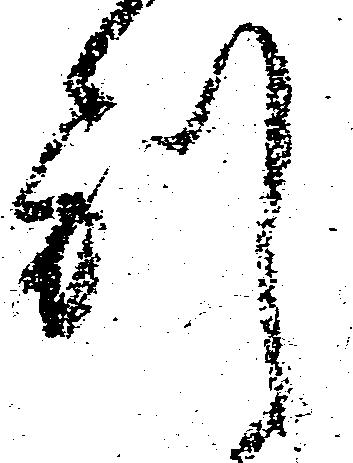
別